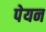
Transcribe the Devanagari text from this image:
पेयन